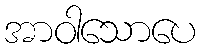
အာဝါသောပေ